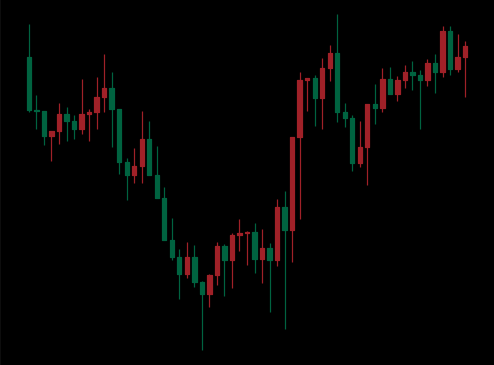
Pattern: inverse_head_shoulders